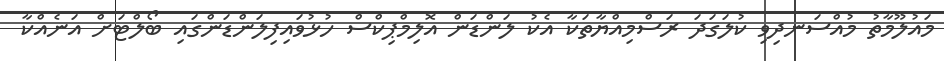
މައުލޫމާތު މުއްސަނދިވި ކުލަގަދަ ރަސްމިއްޔާތަކާ އެކު ލަންޑަން އޮލިމްޕިކްސް ހުޅުވައިފިލަންޑަންގައި ބޯލްޓަށް އަނެއްކާ